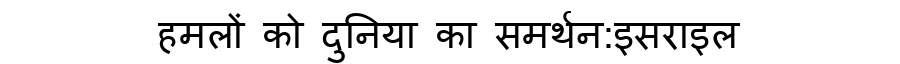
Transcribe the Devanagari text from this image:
हमलों को दुनिया का समर्थन:इसराइल